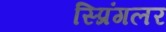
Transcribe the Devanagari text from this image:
स्प्रिंगलर